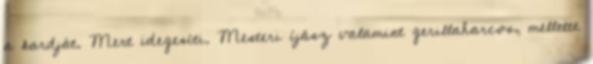
a kardját. Mert idegesíti. Mesteri íjász valamint gerillaharcos, mellette